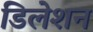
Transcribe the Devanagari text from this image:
डिलेशन